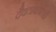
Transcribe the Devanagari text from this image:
दैवतांबाबतही